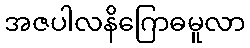
အဇပါလနိဂြောဓမူလာ